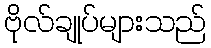
ဗိုလ်ချုပ်များသည်